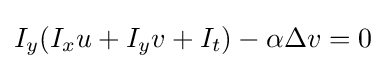
I_{y}(I_{x}u+I_{y}v+I_{t})-\alpha \Delta v=0